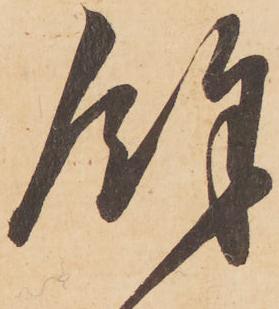
餘